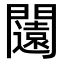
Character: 闧